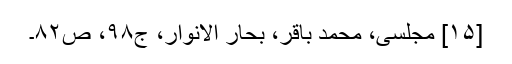
[۱۵] مجلسی، محمد باقر، بحار الانوار، ج‌۹۸، ص‌۸۲۔